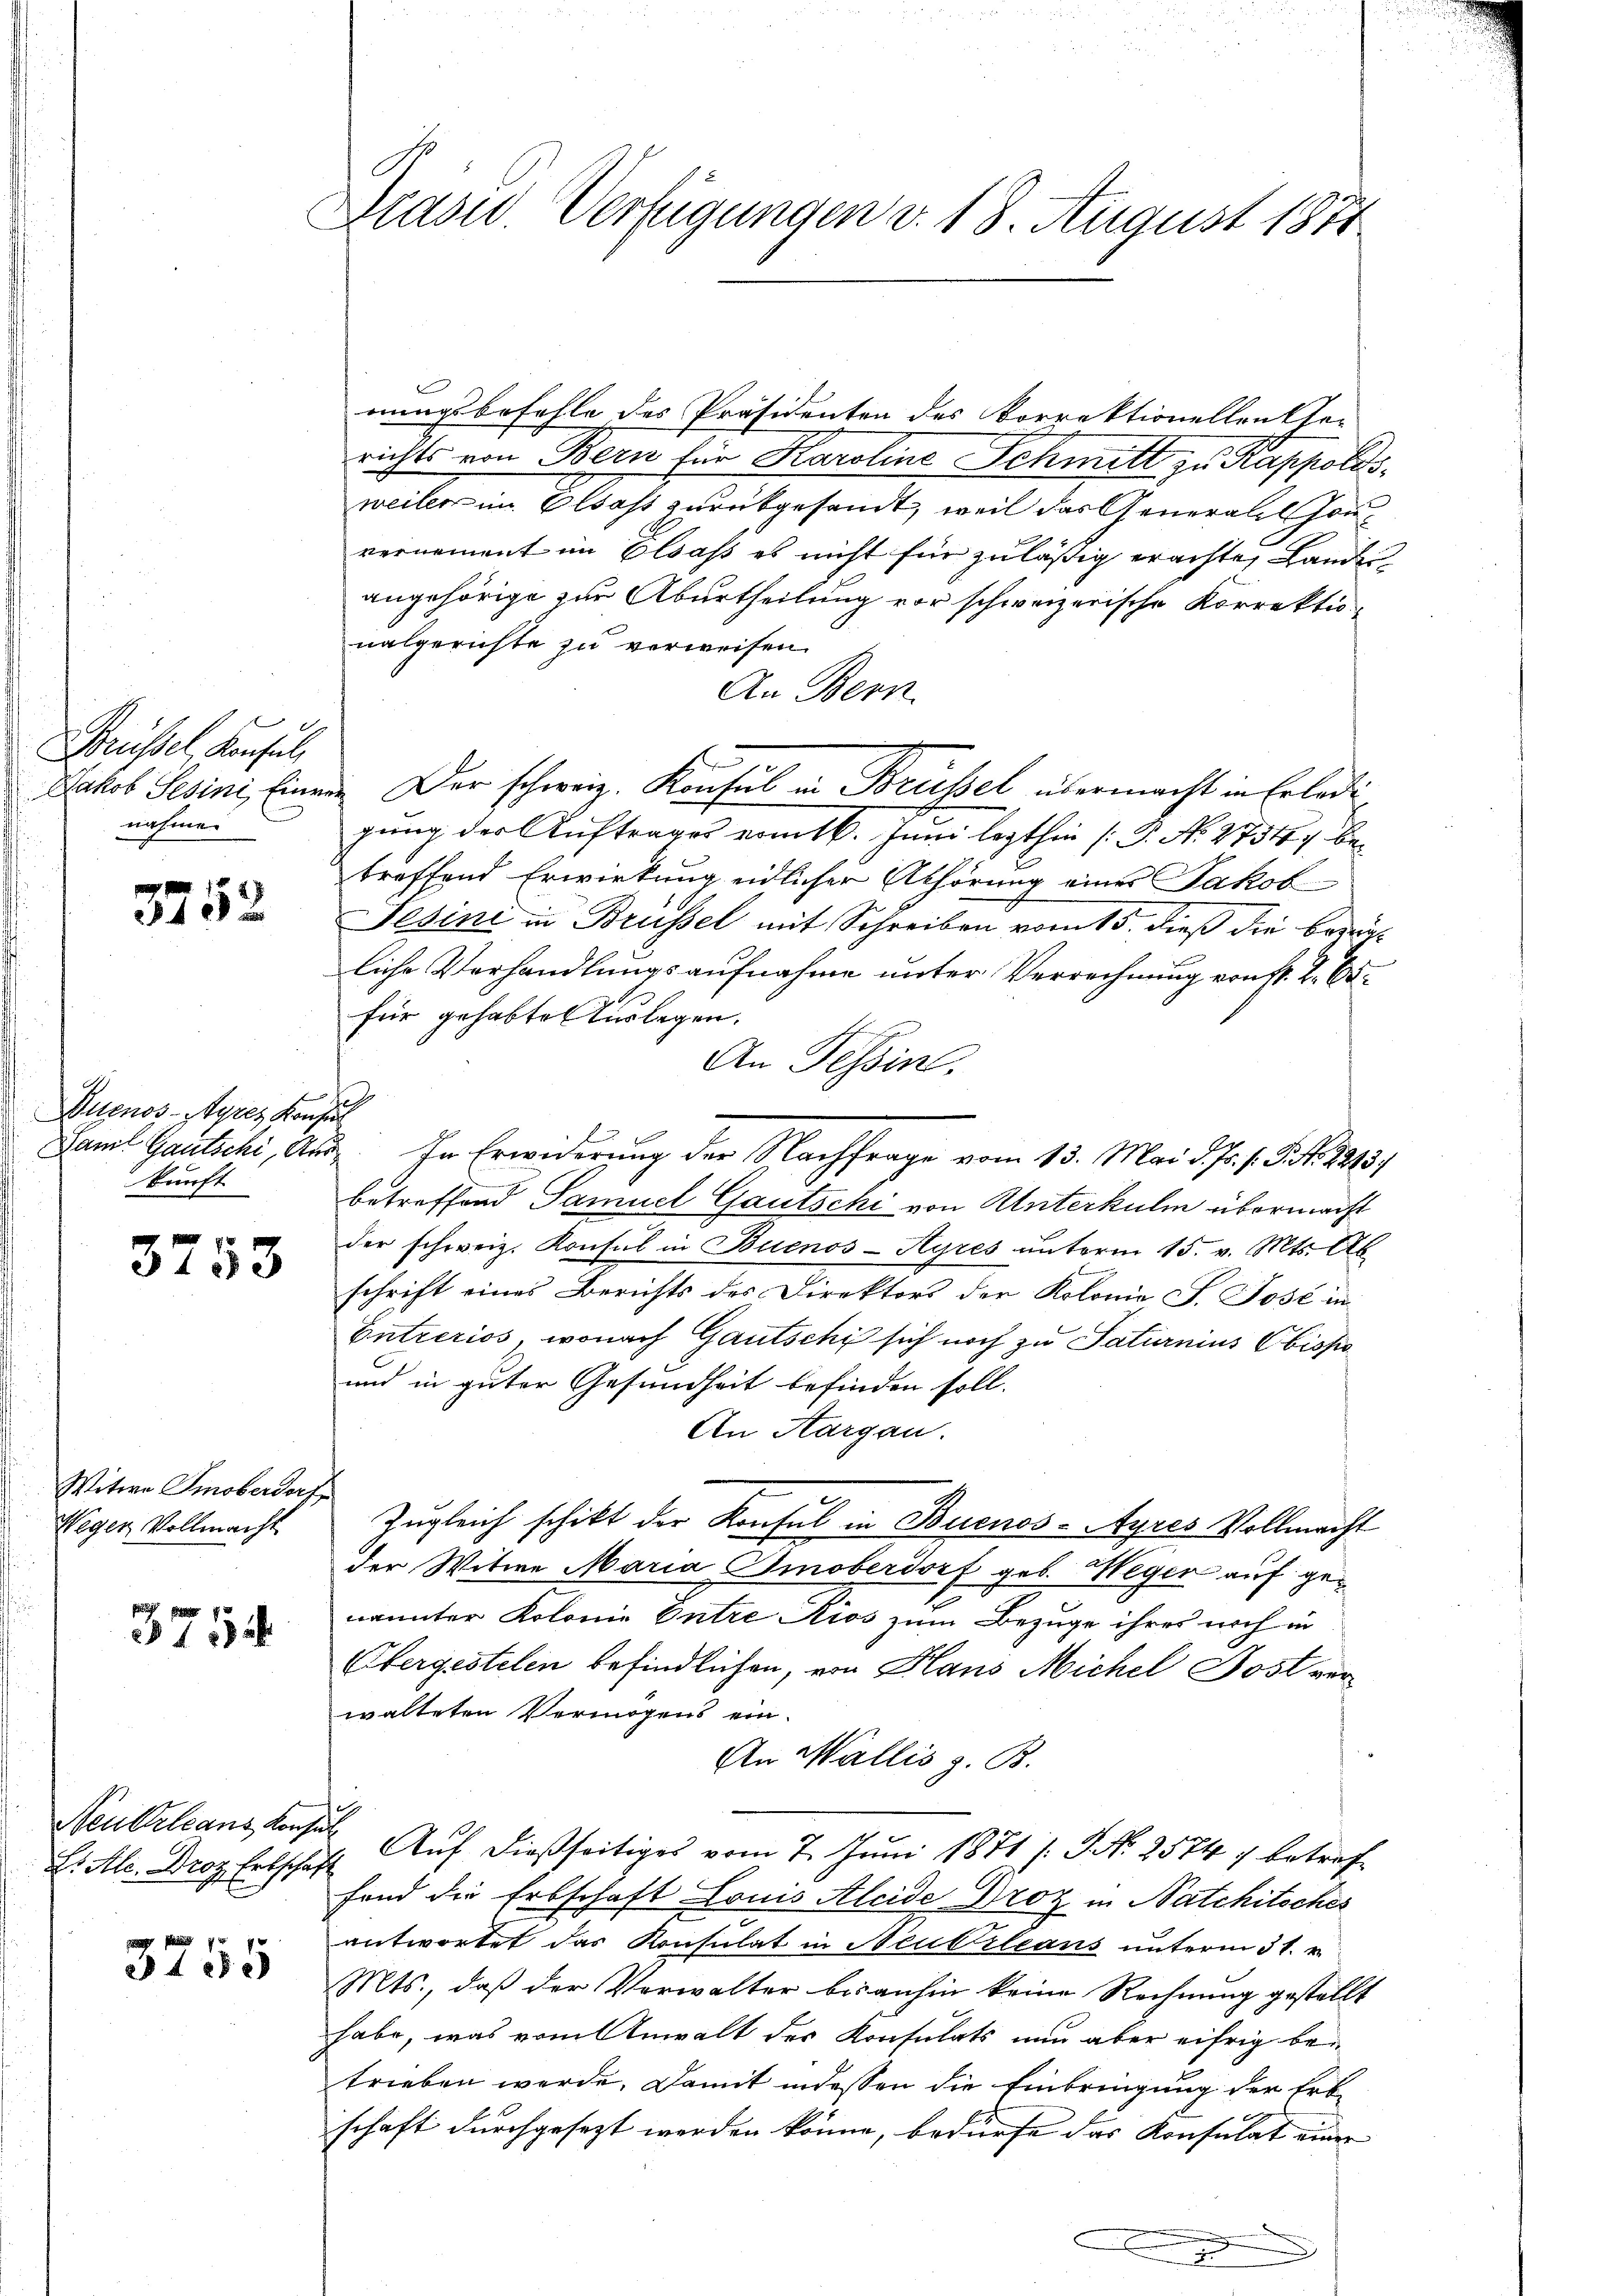
Brüssel Konsul
nahme.

3752

Buenos-Ayres Konsul
kunft

3753

Witwe Smoberdorf
Wegen Vollmacht

371

Neukrleans Konsul

3755

Präsid. Verfügungen d. 18. August 1874

rungsbefehle des Präsidenten des Vorrektionellen se-
richts von Bern für Karoline Schmitt zu Kappoldsweiler im Elsast zurükgesandt, weil das Generall Honvernement im Elsass es nicht für zuläßig erachte, Landesangehörige zur Aburtheilung vor schweizerische Korrektionalgerichte zu verweisen.
An Bern.
e
Jakob Gesini, Einger. Der schweiz. Konsul in Brusel übermacht in Erledi
gung der Auftrages vom 16. Juni lezthin (: P. N. 2734 betreffend Erwirkung eidlicher Abhörung eines Jakob
Fesini in Brüssel mit Schreiben vom 15. dieß die bereiliche Verhandlungsaufnahme unter Verrechnung von fr. 2. 65.
für gehabte Auslegen.
An Tessin.
1
Faml Gautschi, aus. In Erwiderung der Nachfrage vom 13. Mai d. Js. s. S. Nr. 2213/
betreffend Samuel Gautschi von Unterkulm übermacht
der schweiz. Konsul in Buenos-Ayres unterm 15. v. Mts. Ab
schrift eines Berichts des Direktors der Kolonia J. Jose in
Entreriss, wonach Gautschi sich noch zu Saturnius Sbisse
und in guter Gesundheit befinden soll.
An Aargau.
Zugleich schikt der Konsul in Buenos-Ayres Vollmacht
der Witwe Maria Smoberdorf geb. Heger auf genannter Kolonie Entre Kios zum Bezuge ihres noch in
Obergestelen befindlichen, von Hans Michel Jost verwalteten Vermögens ein¬
An Wallis z. B.
L. Ale. Droz. Erbschaft Auf dießseitiges vom 7. Juni 1871 s. S. 25747 betreffond die Erbschaft Louis Kleide Droz in Natchitsches
antwortet das Konsulat in Neubrleans unterm 31. v.
Mts., daß der Verwalter bisanhin keine Rechnung gestellt
habe, was vom Anwalt des Konsulats nun aber eifrig betrieben werde. Damit indessen die Einbringung der Erbschaft durchgesezt werden könne, bedürfe das Konsulat einer